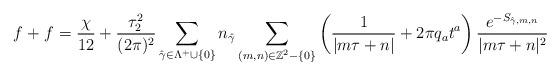
LaTeX: \begin{align*} f^{}+f^{}=\frac{\chi}{12}+\frac{\tau_2^2}{(2\pi)^2}\sum_{\hat{\gamma}\in \Lambda^+\cup\{0\}}n_{\hat{\gamma}}\sum_{(m,n)\in \mathbb{Z}^2-\{0\}}\left(\frac{1}{|m\tau+n|}+2\pi q_at^a\right)\frac{e^{-S_{\hat{\gamma},m,n}}}{|m\tau + n|^2}\end{align*}